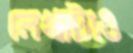
লেখাটাও